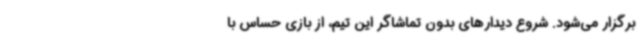
برگزار می‌شود. شروع دیدارهای بدون تماشاگر این تیم، از بازی حساس با